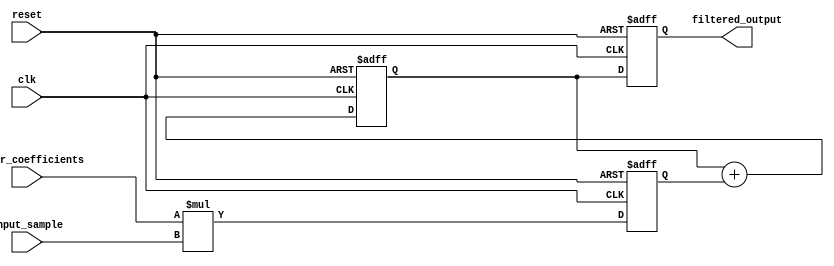
module FIR_filter_accumulator(
    input wire clk,
    input wire reset,
    input wire [15:0] input_sample,
    input wire [15:0] filter_coefficients,
    output reg [15:0] filtered_output
);

reg [15:0] accumulator;
reg [15:0] product;
reg [15:0] previous_output;

always @(posedge clk or posedge reset) begin
    if (reset) begin
        accumulator <= 16'b0;
        product <= 16'b0;
        filtered_output <= 16'b0;
    end else begin
        product <= filter_coefficients * input_sample;
        accumulator <= accumulator + product;
        filtered_output <= accumulator;
    end
end

endmodule